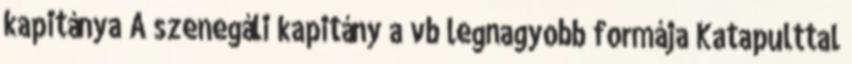
kapitánya A szenegáli kapitány a vb legnagyobb formája Katapulttal